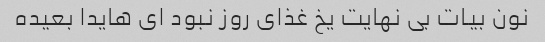
نون بیات بی نهایت یخ غذای روز نبود ای هایدا بعیده